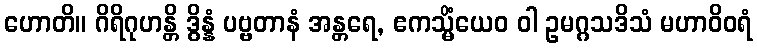
ဟောတိ။ ဂိရိဂုဟန္တိ ဒွိန္နံ ပဗ္ဗတာနံ အန္တရေ, ဧကသ္မိံယေဝ ဝါ ဥမဂ္ဂသဒိသံ မဟာဝိဝရံ